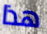
هذا